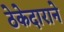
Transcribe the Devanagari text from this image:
ठेकेदाराने